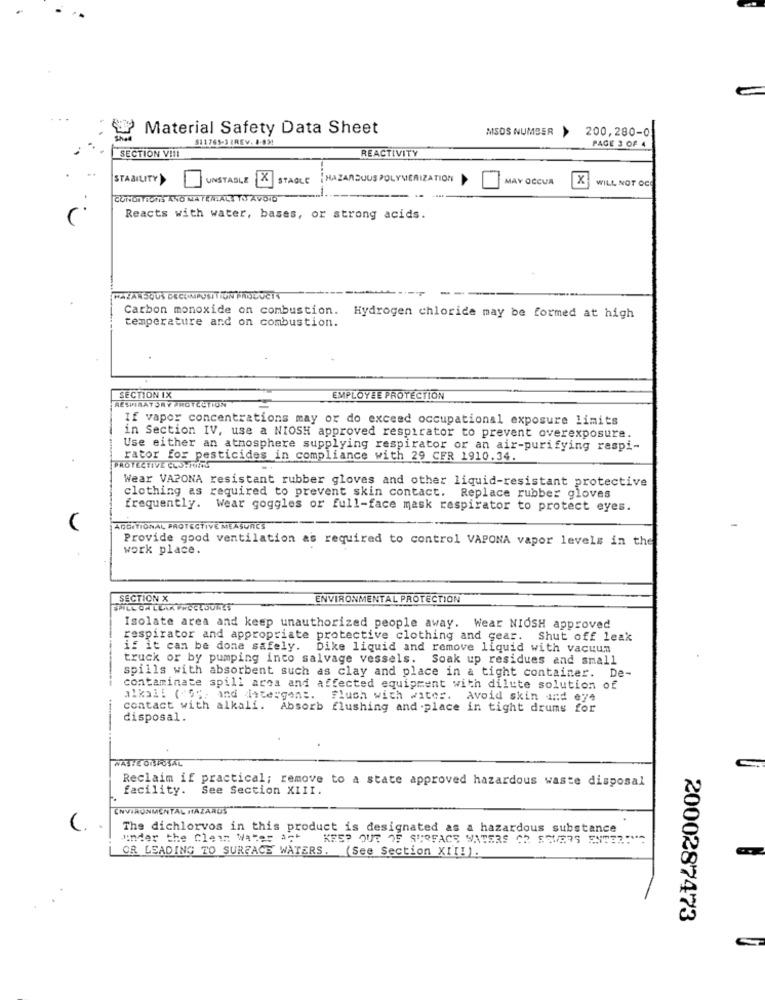
Material Safety Data Sheet
200,280-0
$11765-3 (REV. 8.831
MSDS NUMBER >
SECTION V !!!
REACTIVITY
PAGE 3 OF 4
STABILITY
UNSTABLE
×
STABLE
LAZARSUUS POLYMERIZATION
MAY OCCUR
X
WILL NOT OCO
CONDITIONS ANO MATERIALI TIT AVOID
Reacts with water, bases, or strong acids.
HAZARSOUS DECOMPOSITION ANDLUCIN
Carbon monoxide on combustion. Hydrogen chloride may be formed at high
temperature and on combustion.
SECTION IX
EMPLOYEE PROTECTION
RESPIRATORY PROTECTION
If vapor concentrations may or do exceed occupational exposure limits
in Section IV, use a NIOSH approved respirator to prevent overexposure.
Use either an atmosphere supplying respirator or an air-purifying raspi-
rator for pesticides in compliance with 29 CFR 1910.34.
PROTECTIVE CUSTAORS
Wear VAPONA resistant rubber gloves and other liquid-resistant protective
clothing as required to prevent skin contact. Replace rubber gloves
frequently. Wear goggles or full-face mask respirator to protect eyes.
ADDITIONAL PROTECTIVE MEASURES
Provide good ventilation as required to control VAPONA vapor levels in the
work place.
SECTION X
ENVIRONMENTAL PROTECTION
SPILL ON LEAX FRCCLSURES"
Isolate area and keep unauthorized people away. Wear NIOSH approved
respirator and appropriate protective clothing and gear. Shut off leak
if it can be done safely. Dike liquid and remove liquid with vacuum
truck or by pumping inco salvage vessels. Soak up residues and small
spills with absorbent such as clay and place in a tight container. De-
contaminate spill area and affected equipment with dilute solution of
alkal: (5%, and intergen :. Flush with water. Avoid skin and eye
contact with alkali. Absorb flushing and -place in tight drums for
disposal.
WATTE OFFUSAL
C.
Reclaim if practical; remove to a state approved hazardous waste disposal
facility.
See Section XIII.
ENVIRONMENTAL HAZARDS
The dichlorvos in this product is designated as a hazardous substance
under the Clean Water Act
KES? QUE OF SURFACE WATERS CR SEVERS ENTER:"
OR LEADING TO SURFACE WATERS. (See Section XIII).
2000287473